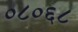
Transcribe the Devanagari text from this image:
०८०६८